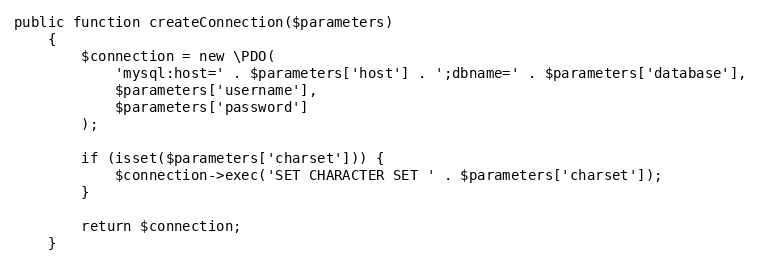
Language: PHP
public function createConnection($parameters)
    {
        $connection = new \PDO(
            'mysql:host=' . $parameters['host'] . ';dbname=' . $parameters['database'],
            $parameters['username'],
            $parameters['password']
        );

        if (isset($parameters['charset'])) {
            $connection->exec('SET CHARACTER SET ' . $parameters['charset']);
        }

        return $connection;
    }